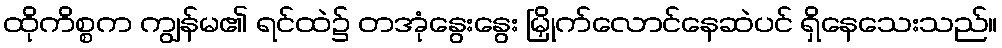
ထိုကိစ္စက ကျွန်မ၏ ရင်ထဲ၌ တအုံနွေးနွေး မြှိုက်လောင်နေဆဲပင် ရှိနေသေးသည်။